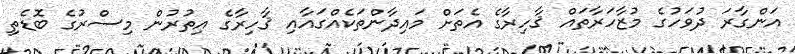
އަންގާރަ ދުވަހުގެ މުޒާހަރާތައް ޤާހިރާގެ އެތަށް މައިދާންތަކެއްގައާއި ޤާހިރާގެ އިތުރުން މިސްރުގެ ބޮޑެތި